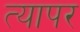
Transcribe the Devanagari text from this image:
त्यापर